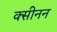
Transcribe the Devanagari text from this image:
क्सीनन